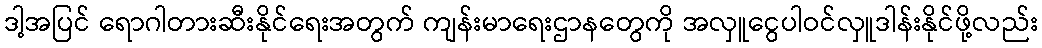
ဒါ့အပြင် ရောဂါတားဆီးနိုင်ရေးအတွက် ကျန်းမာရေးဌာနတွေကို အလှူငွေပါဝင်လှူဒါန်းနိုင်ဖို့လည်း